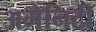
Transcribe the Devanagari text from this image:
अमेनिटी